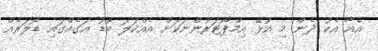
އެއާ އެކު ދެން މި އުޅޭ އިމްޕޯޓަރުންނަކަށް އެއްކަލަ ބޮޑު އަގެއްގައި ޑޮލަރެއް